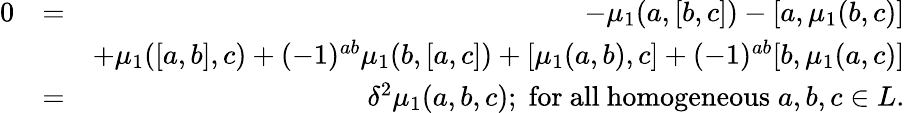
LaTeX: \begin{array}{rlr}{0}&{=}&{-\mu_{1}(a,[b,c])-[a,\mu_{1}(b,c)]}\\ &{}&{+\mu_{1}([a,b],c)+(-1)^{ab}\mu_{1}(b,[a,c])+[\mu_{1}(a,b),c]+(-1)^{ab}[b,\mu_{1}(a,c)]}\\ &{=}&{\delta^{2}\mu_{1}(a,b,c);\; \mathrm{for~all~homogeneous}\; a,b,c\in L.}\end{array}